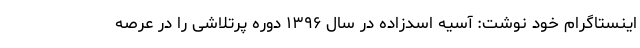
اینستاگرام خود نوشت: آسیه اسدزاده در سال ۱۳۹۶ دوره پرتلاشی را در عرصه